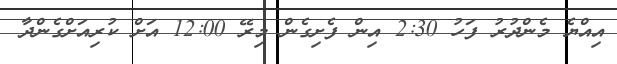
އިއްޔެ މެންދުރު ފަހު 2:30 އިން ފެށިގެން މިރޭ 12:00 އަށް ކުރިއަށްގެންދާ